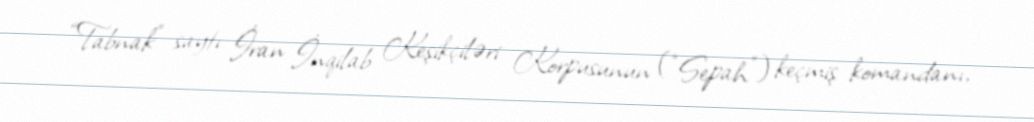
“Tabnak” saytı İran İnqilab Keşikçiləri Korpusunun (“Sepah”) keçmiş komandanı,